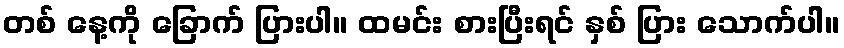
တစ် နေ့ကို ခြောက် ပြားပါ။ ထမင်း စားပြီးရင် နှစ် ပြား သောက်ပါ။